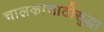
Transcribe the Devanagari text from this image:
चालकासाठीसुद्धा